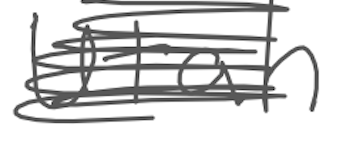
Text: Utah
Cross-out: scratch
Writing tool: digital_gray